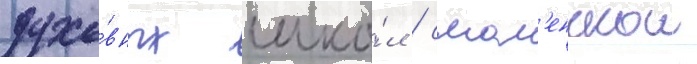
духо́вных шко́л / смол'енскои